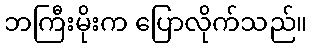
ဘကြီးမိုးက ပြောလိုက်သည်။